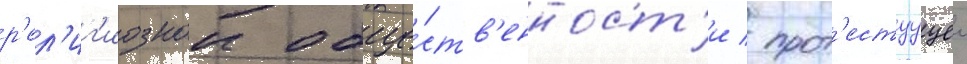
р'ел'иг'иознои обще́ств'енност'и / прот'естуущеи